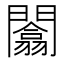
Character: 闟